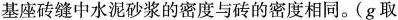
基座砖缝中水泥砂浆的密度与砖的密度相同。(g取